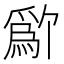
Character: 𬋱